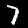
Digit: 7